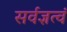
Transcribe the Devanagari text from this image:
सर्वज्ञत्वं